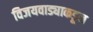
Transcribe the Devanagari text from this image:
विजयवाड्याकडून